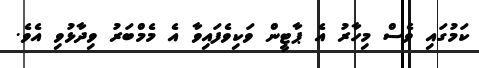
ކަމުގައި ވެސް މިހާރު އެ ޕާޓީން ވަކިވެފައިވާ އެ މެމްބަރު ވިދާޅުވި އެވެ.